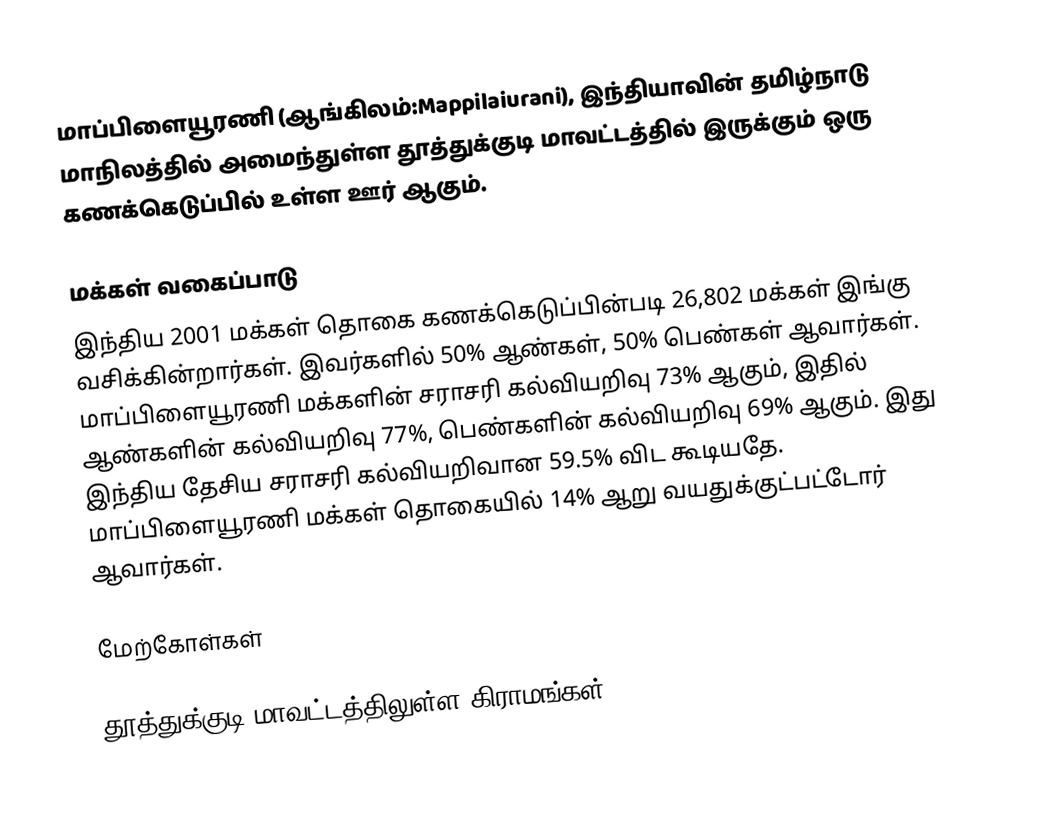
மாப்பிளையூரணி (ஆங்கிலம்:Mappilaiurani), இந்தியாவின் தமிழ்நாடு மாநிலத்தில் அமைந்துள்ள தூத்துக்குடி மாவட்டத்தில் இருக்கும் ஒரு கணக்கெடுப்பில் உள்ள ஊர் ஆகும்.

மக்கள் வகைப்பாடு
இந்திய 2001 மக்கள் தொகை கணக்கெடுப்பின்படி 26,802 மக்கள் இங்கு வசிக்கின்றார்கள். இவர்களில் 50% ஆண்கள், 50% பெண்கள் ஆவார்கள். மாப்பிளையூரணி மக்களின் சராசரி கல்வியறிவு 73% ஆகும்,  இதில் ஆண்களின் கல்வியறிவு 77%,  பெண்களின் கல்வியறிவு 69% ஆகும். இது இந்திய தேசிய சராசரி கல்வியறிவான 59.5% விட கூடியதே. மாப்பிளையூரணி மக்கள் தொகையில் 14%  ஆறு வயதுக்குட்பட்டோர் ஆவார்கள்.

மேற்கோள்கள்

தூத்துக்குடி மாவட்டத்திலுள்ள கிராமங்கள்